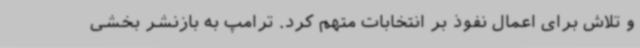
و تلاش برای اعمال نفوذ بر انتخابات متهم کرد. ترامپ به بازنشر بخشی